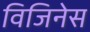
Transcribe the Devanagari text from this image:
विजिनेस